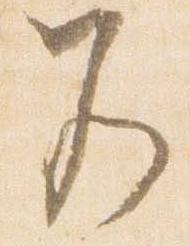
若